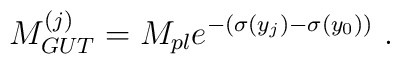
M_{GUT}^{(j)} = M_{pl} e^{-(\sigma(y_j) -  \sigma(y_0))}  ~.~ \,